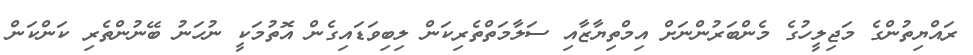
ރައްޔިތުންގެ މަޖިލީހުގެ މެންބަރުންނަށް އިމްތިޔާޒާއި ސަލާމަތްތެރިކަން ލިބިވަޑައިގެން އޮތުމަކީ ނުހަނު ބޭނުންތެރި ކަންކަން